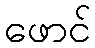
ဖောင်